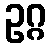
ဥဂ္ဂ